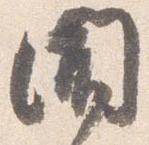
聞